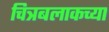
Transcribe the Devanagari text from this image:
चित्रबलाकच्या